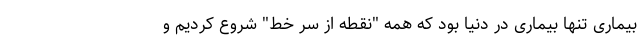
بیماری تنها بیماری در دنیا بود که همه "نقطه از سر خط" شروع کردیم و